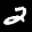
Label: 2